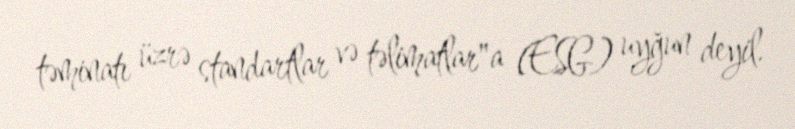
təminatı üzrə standartlar və təlimatlar"a (ESG) uyğun deyil.